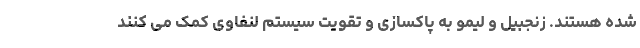
شده هستند. زنجبیل و لیمو به پاکسازی و تقویت سیستم لنفاوی کمک می کنند